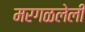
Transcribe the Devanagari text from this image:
मरगळलेली